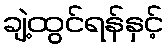
ချဲ့ထွင်ရန်နှင့်